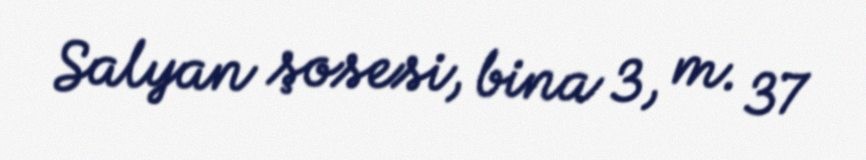
Salyan şosesi, bina 3, m. 37